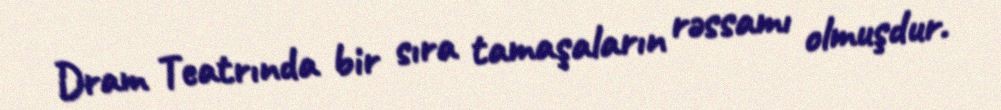
Dram Teatrında bir sıra tamaşaların rəssamı olmuşdur.